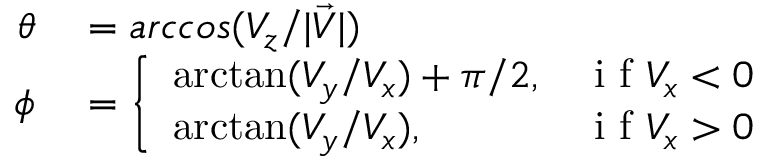
\begin{array} { r l } { \theta } & { { } = a r c c o s ( { V _ { z } / \lvert \Vec { V } \rvert } ) } \\ { \phi } & { { } = \left\{ \begin{array} { l l } { \arctan ( V _ { y } / V _ { x } ) + \pi / 2 , } & { \mathrm { ~ i ~ f ~ } V _ { x } < 0 } \\ { \arctan ( V _ { y } / V _ { x } ) , } & { \mathrm { ~ i ~ f ~ } V _ { x } > 0 } \end{array} \right. } \end{array}